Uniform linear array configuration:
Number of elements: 8
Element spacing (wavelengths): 0.5
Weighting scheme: hamming
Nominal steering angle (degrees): -60
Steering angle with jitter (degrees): -60.776
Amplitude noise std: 0.05
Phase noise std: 0.05

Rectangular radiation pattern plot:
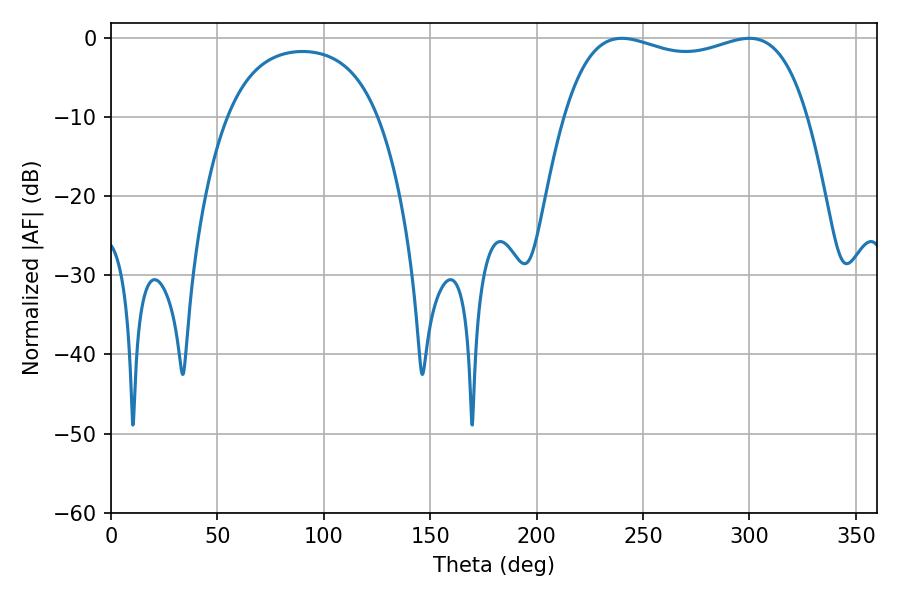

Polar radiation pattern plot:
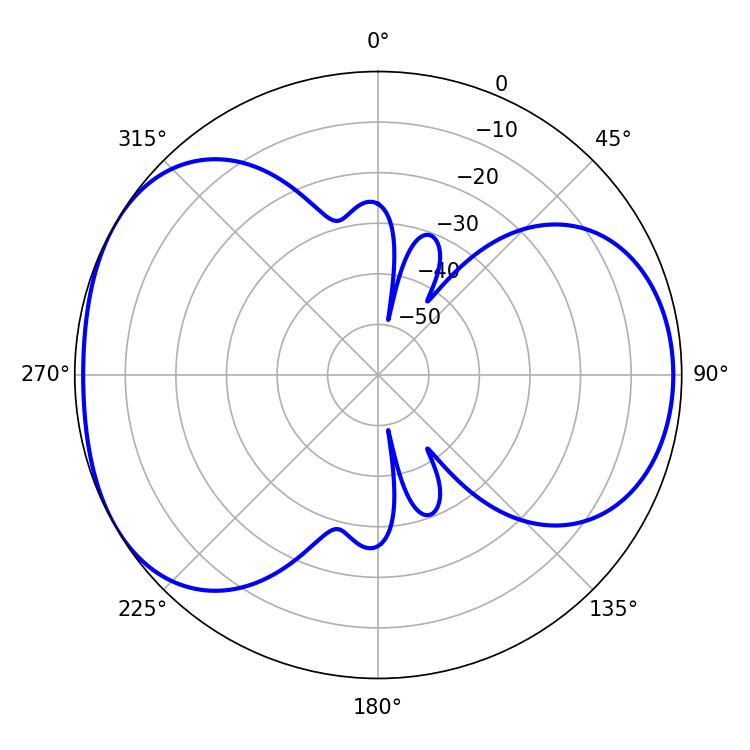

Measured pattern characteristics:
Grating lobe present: FALSE
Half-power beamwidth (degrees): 93.24
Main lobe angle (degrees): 240.12